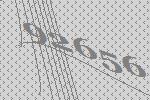
92656